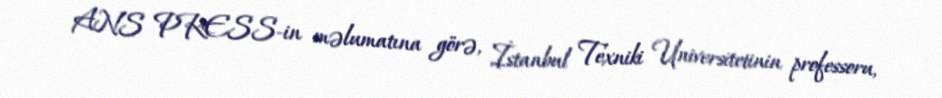
ANS PRESS-in məlumatına görə, İstanbul Texniki Universitetinin professoru,